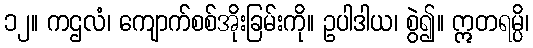
၁၂။ ကဌလံ၊ ကျောက်စစ်အိုးခြမ်းကို။ ဥပါဒါယ၊ စွဲ၍။ ဣတရမ္ပိ၊